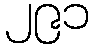
၂၉၁